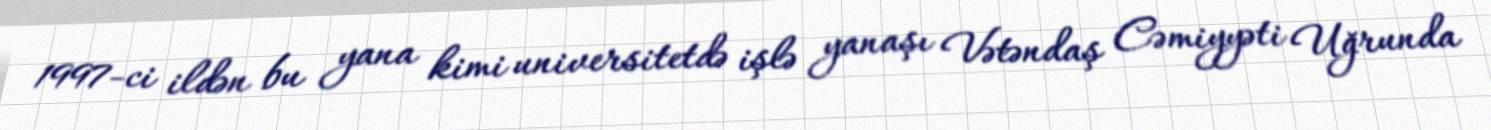
1997-ci ildən bu yana kimi universitetdə işlə yanaşı Vətəndaş Cəmiyyəti Uğrunda